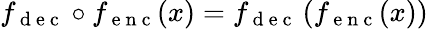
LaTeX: f_{\mathrm{~d~e~c~}}\circ f_{\mathrm{~e~n~c~}}(x)=f_{\mathrm{~d~e~c~}}\left(f_{\mathrm{~e~n~c~}}(x)\right)